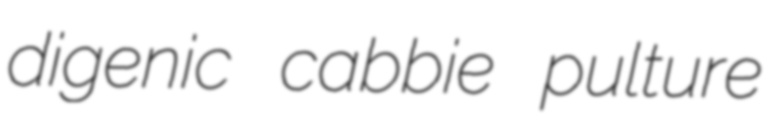
digenic cabbie pulture